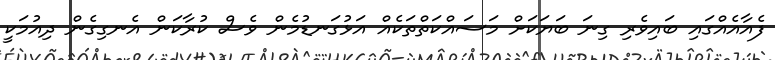
ފެއާއެއްގައި ބައިވެރި ގިނަ ބަޔަކަށް މަސައްކަތްތަކެއް އަޅުގަނޑުމެން ވެސް ކުރާކަން އެނގިގެން ދިއުމަކީ